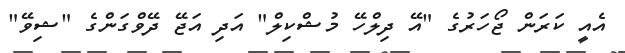
އެއީ ކަރަން ޖޯހަރުގެ "އޭ ދިލްހޭ މުޝްކިލް" އަދި އަޖޭ ދޭވްގަންގެ "ޝިވޭ"